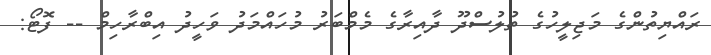
ރައްޔިތުންގެ މަޖިލީހުގެ ތުލުސްދޫ ދާއިރާގެ މެމްބަރު މުހައްމަދު ވަހީދު އިބްރާހިމް -- ފޮޓޯ: